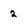
Character: 2